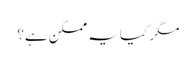
مگر کیا یہ ممکن ہے؟